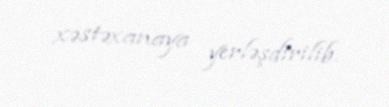
xəstəxanaya yerləşdirilib.